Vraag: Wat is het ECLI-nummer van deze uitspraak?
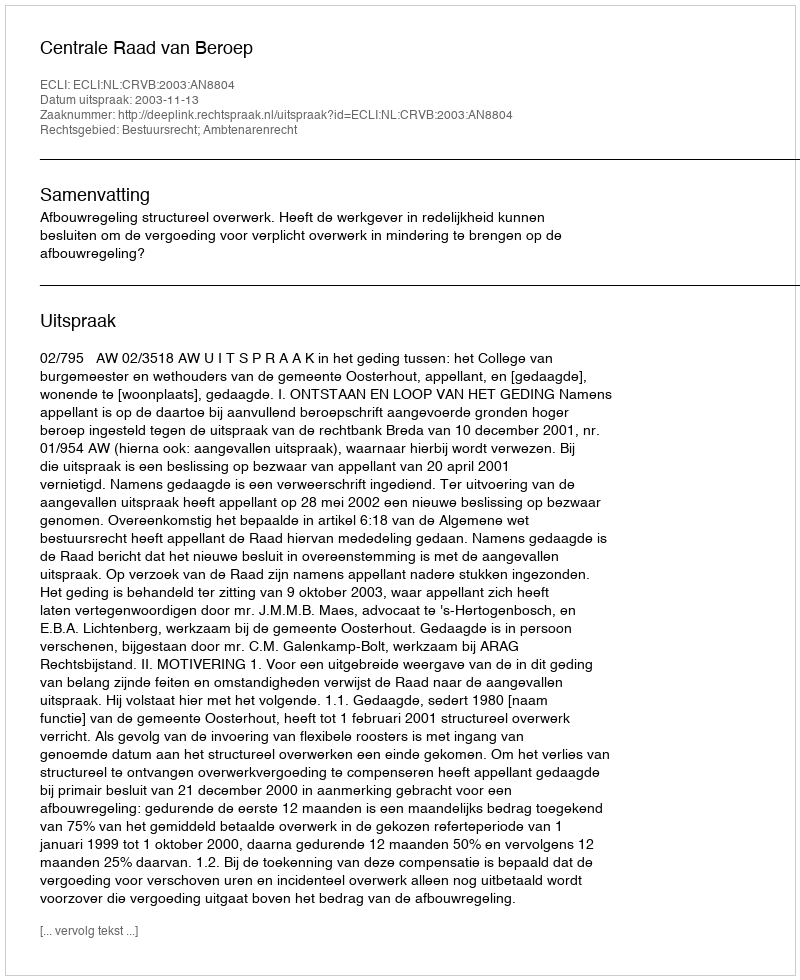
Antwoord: ECLI:NL:CRVB:2003:AN8804